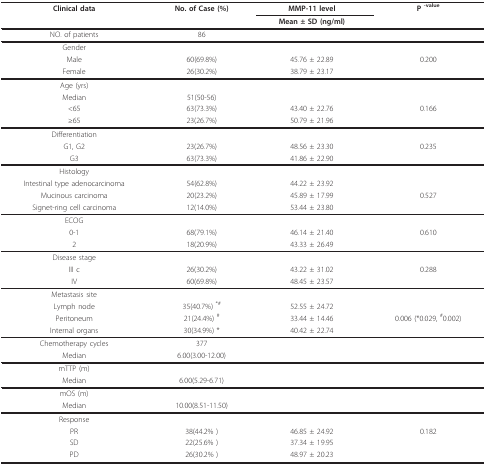
<table><thead><tr><td><b>Clinical data</b></td><td><b>No. of Case (%)</b></td><td><b>MMP-11 level</b></td><td><b>P <sup>-value</sup></b></td></tr><tr><td></td><td></td><td><b>Mean ± SD (ng/ml)</b></td><td></td></tr></thead><tbody><tr><td>NO. of patients</td><td>86</td><td></td><td></td></tr><tr><td>Gender</td><td></td><td></td><td></td></tr><tr><td>Male</td><td>60(69.8%)</td><td>45.76 ± 22.89</td><td>0.200</td></tr><tr><td>Female</td><td>26(30.2%)</td><td>38.79 ± 23.17</td><td></td></tr><tr><td>Age (yrs)</td><td></td><td></td><td></td></tr><tr><td>Median</td><td>51(50-56)</td><td></td><td></td></tr><tr><td>&lt;65</td><td>63(73.3%)</td><td>43.40 ± 22.76</td><td>0.166</td></tr><tr><td>≥65</td><td>23(26.7%)</td><td>50.79 ± 21.96</td><td></td></tr><tr><td>Differentiation</td><td></td><td></td><td></td></tr><tr><td>G1, G2</td><td>23(26.7%)</td><td>48.56 ± 23.30</td><td>0.235</td></tr><tr><td>G3</td><td>63(73.3%)</td><td>41.86 ± 22.90</td><td></td></tr><tr><td>Histology</td><td></td><td></td><td></td></tr><tr><td>Intestinal type adenocarcinoma</td><td>54(62.8%)</td><td>44.22 ± 23.92</td><td></td></tr><tr><td>Mucinous carcinoma</td><td>20(23.2%)</td><td>45.89 ± 17.99</td><td>0.527</td></tr><tr><td>Signet-ring cell carcinoma</td><td>12(14.0%)</td><td>53.44 ± 23.80</td><td></td></tr><tr><td>ECOG</td><td></td><td></td><td></td></tr><tr><td>0-1</td><td>68(79.1%)</td><td>46.14 ± 21.40</td><td>0.610</td></tr><tr><td>2</td><td>18(20.9%)</td><td>43.33 ± 26.49</td><td></td></tr><tr><td>Disease stage</td><td></td><td></td><td></td></tr><tr><td>III c</td><td>26(30.2%)</td><td>43.22 ± 31.02</td><td>0.288</td></tr><tr><td>IV</td><td>60(69.8%)</td><td>48.45 ± 23.57</td><td></td></tr><tr><td>Metastasis site</td><td></td><td></td><td></td></tr><tr><td>Lymph node</td><td>35(40.7%) <sup>*#</sup></td><td>52.55 ± 24.72</td><td></td></tr><tr><td>Peritoneum</td><td>21(24.4%) <sup>#</sup></td><td>33.44 ± 14.46</td><td>0.006 (*0.029, <sup>#</sup>0.002)</td></tr><tr><td>Internal organs</td><td>30(34.9%) *</td><td>40.42 ± 22.74</td><td></td></tr><tr><td>Chemotherapy cycles</td><td>377</td><td></td><td></td></tr><tr><td>Median</td><td>6.00(3.00-12.00)</td><td></td><td></td></tr><tr><td>mTTP (m)</td><td></td><td></td><td></td></tr><tr><td>Median</td><td>6.00(5.29-6.71)</td><td></td><td></td></tr><tr><td>mOS (m)</td><td></td><td></td><td></td></tr><tr><td>Median</td><td>10.00(8.51-11.50)</td><td></td><td></td></tr><tr><td>Response</td><td></td><td></td><td></td></tr><tr><td>PR</td><td>38(44.2% )</td><td>46.85 ± 24.92</td><td>0.182</td></tr><tr><td>SD</td><td>22(25.6% )</td><td>37.34 ± 19.95</td><td></td></tr><tr><td>PD</td><td>26(30.2% )</td><td>48.97 ± 20.23</td><td></td></tr></tbody></table>